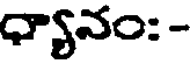
ధ్యానం: -